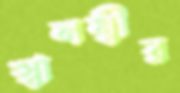
স্বালম্বীর